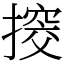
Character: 𢲷